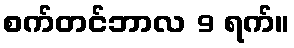
စက်တင်ဘာလ 9 ရက်။